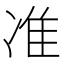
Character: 准